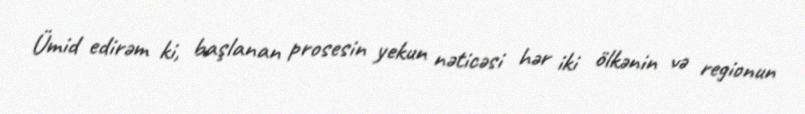
Ümid edirəm ki, başlanan prosesin yekun nəticəsi hər iki ölkənin və regionun